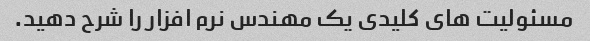
مسئولیت های کلیدی یک مهندس نرم افزار را شرح دهید.